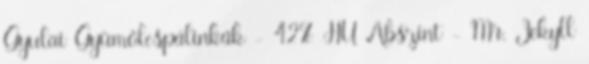
Gyulai Gyümölcspálinkák - 42% HU Abszint - Mr. Jekyll